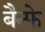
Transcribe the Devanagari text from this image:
बैन्फे